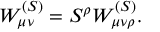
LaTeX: W _ { \mu \nu } ^ { ( S ) } = S ^ { \rho } W _ { \mu \nu \rho } ^ { ( S ) } .